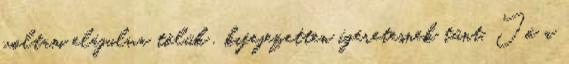
voltam elájulva tőlük , kifejezetten ígéretesnek tűnt. Jó a